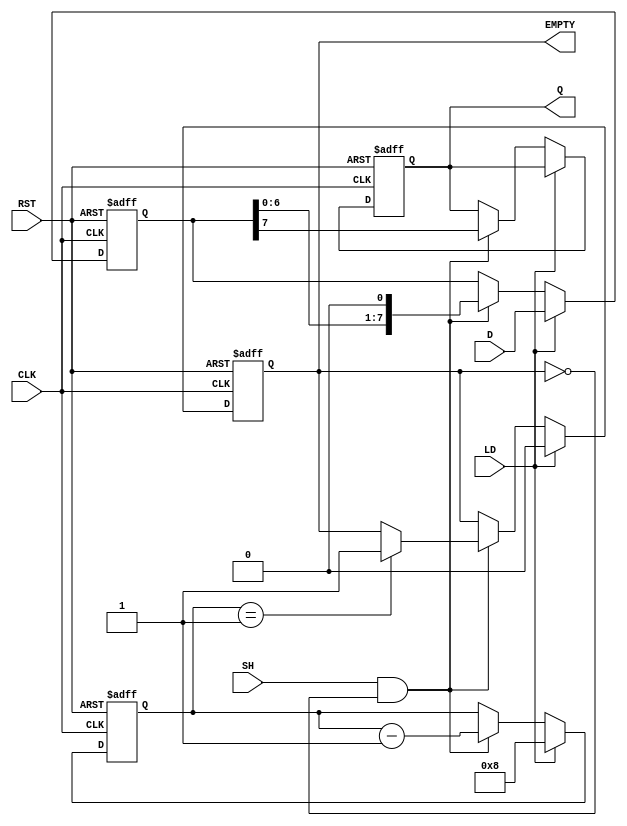
module PISO_Register #(
    parameter WIDTH = 8 // Parameter for the width of the register
)(
    input wire [WIDTH-1:0] D,      // Parallel data input
    input wire LD,                  // Load control signal
    input wire CLK,                 // Clock signal
    input wire SH,                  // Shift control signal
    input wire RST,                 // Reset signal (optional)
    output reg Q,                   // Serial output
    output reg EMPTY                // Empty signal
);

    // Internal storage for the PISO register
    reg [WIDTH-1:0] shift_reg;
    reg [3:0] count; // Count the number of bits shifted out
    
    // Asynchronous reset and loading data
    always @(posedge CLK or posedge RST) begin
        if (RST) begin
            shift_reg <= 0;           // Clear the register on reset
            Q <= 0;                   // Clear serial output
            EMPTY <= 1;               // Register is empty after reset
            count <= 0;               // Reset counter
        end else begin
            if (LD) begin
                shift_reg <= D;        // Load the input data into the register
                EMPTY <= 0;           // Register is not empty after loading
                count <= WIDTH;        // Initialize count to WIDTH
            end else if (SH && !EMPTY) begin
                Q <= shift_reg[WIDTH-1]; // Output the MSB
                shift_reg <= shift_reg << 1; // Shift left (MSB -> Q)
                count <= count - 1;   // Decrement the counter
                if (count == 1) begin
                    EMPTY <= 1;        // Register is empty after last bit
                end
            end
        end
    end

endmodule